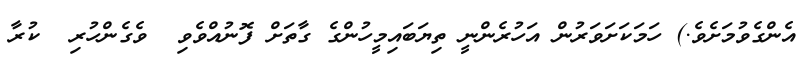
އެންގެވުމަށެވެ.) ހަމަކަށަވަރުން އަހުރެންނީ ތިޔަބައިމީހުންގެ ގާތަށް ފޮނުއްވެވި  ވެގެންހުރި  ކުރާ